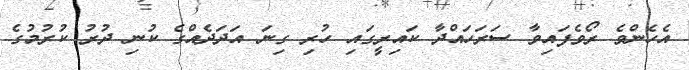
އެހެންވެ ރޯވެފައިވާ ސަރަހައްދާ ކައިރީގައި ހުރި ގިނަ އަދަދެއްގެ ކުނި ދުރު ކުރުމުގެ